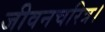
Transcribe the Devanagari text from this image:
जीवनचरित्र।